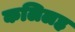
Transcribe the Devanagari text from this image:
कलिलह